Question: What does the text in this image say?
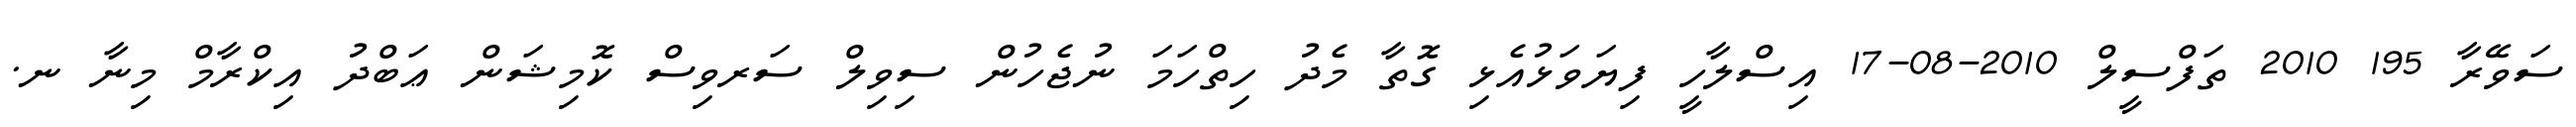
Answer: ސަވޭރާ 195 2010 ތަފްސީލް 2010-08-17 އިސްލާހީ ފިޔަވަޅުއެޅި ގޮތާ މެދު ހިތްހަމަ ނުޖެހުން ސިވިލް ސަރވިސް ކޮމިޝަން ޢަބްދު އިކްރާމް މިނާ ނ.